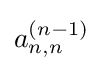
a_{n,n}^{(n-1)}